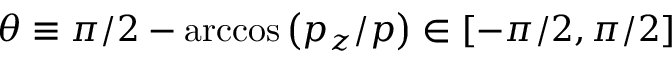
\theta \equiv \pi / 2 - \operatorname { a r c c o s } \left( p _ { z } / p \right) \in [ - \pi / 2 , \pi / 2 ]